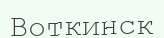
Воткинск